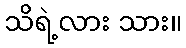
သိရဲ့လား သား။